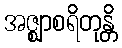
အဇ္ဈာစရိတုန္တိ